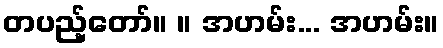
တပည့်တော်။ ။ အဟမ်း... အဟမ်း။